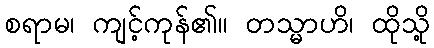
စရာမ၊ ကျင့်ကုန်၏။ တသ္မာဟိ၊ ထိုသို့